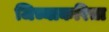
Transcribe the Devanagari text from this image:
जिच्याकरिता